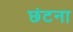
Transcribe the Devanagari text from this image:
छंटना